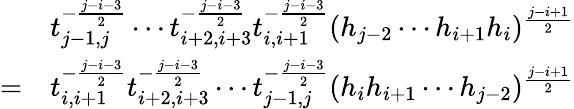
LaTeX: \begin{array}{rl}&{t_{j-1,j}^{-\frac{j-i-3}{2}}\cdots t_{i+2,i+3}^{-\frac{j-i-3}{2}}t_{i,i+1}^{-\frac{j-i-3}{2}}(h_{j-2}\cdots h_{i+1}h_{i})^{\frac{j-i+1}{2}}}\\ {=}&{t_{i,i+1}^{-\frac{j-i-3}{2}}t_{i+2,i+3}^{-\frac{j-i-3}{2}}\cdots t_{j-1,j}^{-\frac{j-i-3}{2}}(h_{i}h_{i+1}\cdots h_{j-2})^{\frac{j-i+1}{2}}}\end{array}